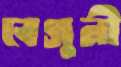
বেগুনী